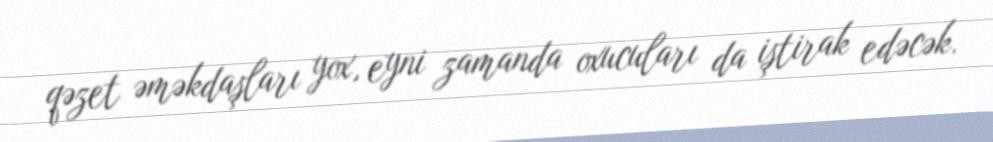
qəzet əməkdaşları yox, eyni zamanda oxucuları da iştirak edəcək.